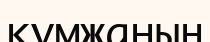
құмжаның